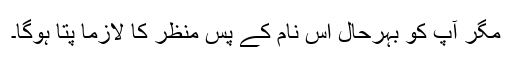
مگر آپ کو بہرحال اس نام کے پس منظر کا لازماً پتا ہوگا۔